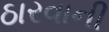
ઠારવાની